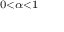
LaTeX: \scriptstyle 0 < \alpha < 1